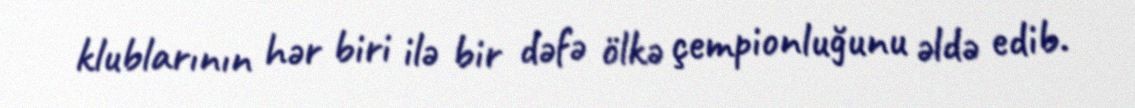
klublarının hər biri ilə bir dəfə ölkə çempionluğunu əldə edib.